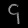
Digit: ၄